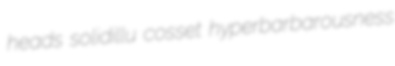
heads solidillu cosset hyperbarbarousness